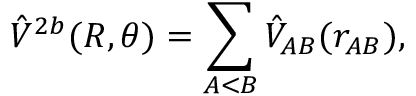
\hat { V } ^ { 2 b } ( R , \theta ) = \sum _ { A < B } \hat { V } _ { A B } ( r _ { A B } ) ,